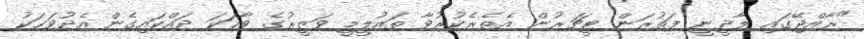
"ރާއްޖޭގައި ލާދީނީ ފަތުރަން ޓީޗަރުން އެތެރެކުރުވާ ތައުލީމީ ވަޒީރުގެ ވާހަކަ ދައްކައިގެން އެދުވަހަކު